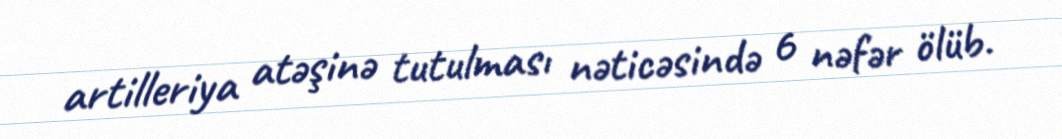
artilleriya atəşinə tutulması nəticəsində 6 nəfər ölüb.